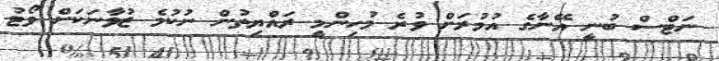
ނަޓްސް ބުނީ އޭނާގެ އުމުރަށް ވުރެ މުހިންމީ ރައްޔިތުން ނުކުމެ ޒުވާނަކަށް ވޯޓު